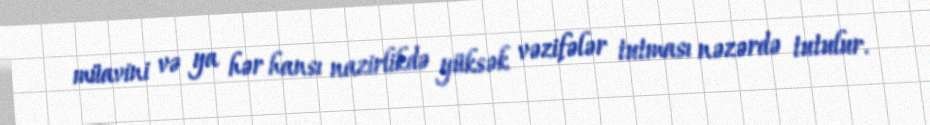
müavini və ya hər hansı nazirlikdə yüksək vəzifələr tutması nəzərdə tutulur.